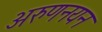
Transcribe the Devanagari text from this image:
अरुणनयन